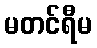
မတင်ရီမ